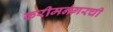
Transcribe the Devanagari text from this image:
करीमनगरची